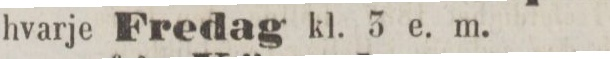
hvarje Fredag kl. 3 e. m.